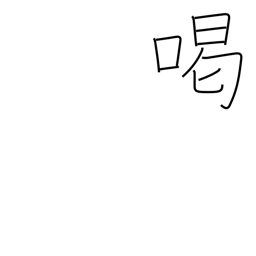
Meaning: scold